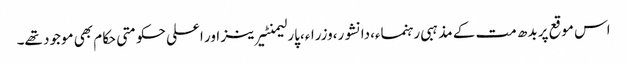
اس موقع پر بدھ مت کے مذہبی رہنماء،دانشور،وزراء،پارلیمنٹیرینز اور اعلی حکومتی حکام بھی موجود تھے۔